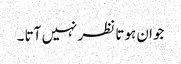
جوان ہوتا نظر نہیں آتا ۔